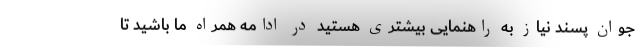
جوان پسند نیاز به راهنمایی بیشتری هستید در ادامه همراه ما باشید تا